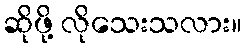
ဆိုဖို့ လိုသေးသလား။